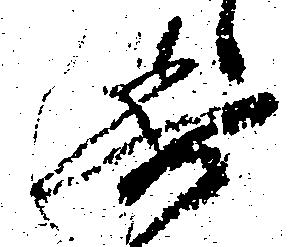
委